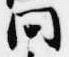
問